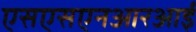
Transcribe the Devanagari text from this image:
एसएसएनआरआई